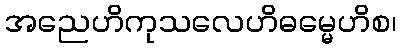
အညေဟိကုသလေဟိဓမ္မေဟိစ၊